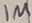
Text: 1M